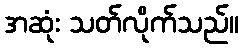
အဆုံး သတ်လိုက်သည်။